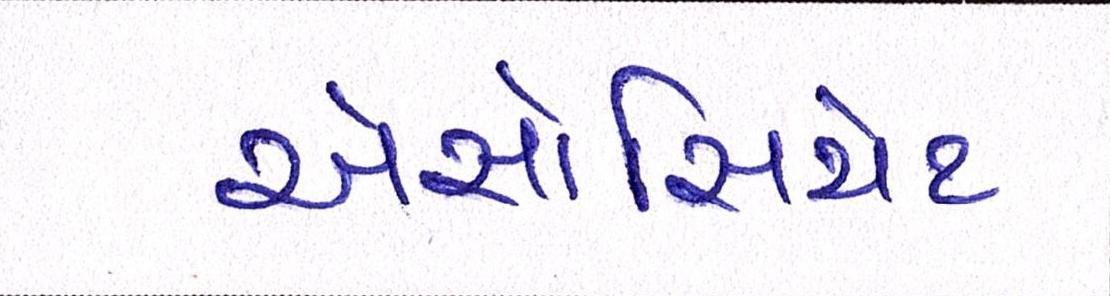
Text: એસોસિયેટ